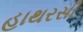
હાથરસી